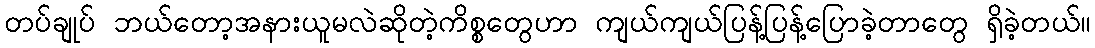
တပ်ချုပ် ဘယ်တော့အနားယူမလဲဆိုတဲ့ကိစ္စတွေဟာ ကျယ်ကျယ်ပြန့်ပြန့်ပြောခဲ့တာတွေ ရှိခဲ့တယ်။